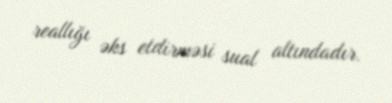
reallığı əks etdirməsi sual altındadır.